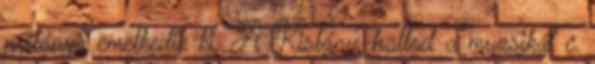
nyitánya emelkedik ki. A Kislány, hallod a muzsikát c.